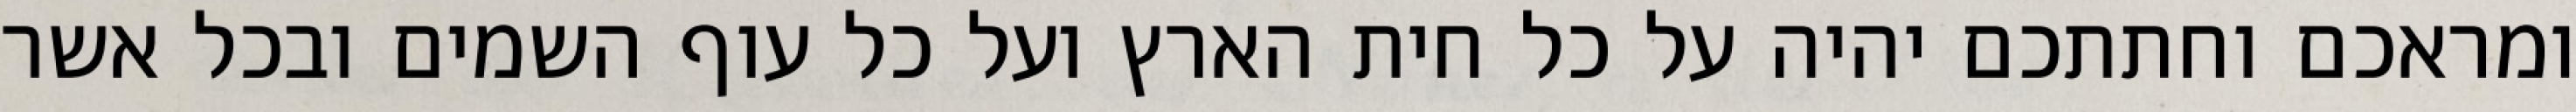
ומראכם וחתתכם יהיה על כל חית הארץ ועל כל עוף השמים ובכל אשר